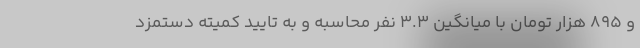
و 895 هزار تومان با میانگین ۳.۳ نفر محاسبه و به تایید کمیته دستمزد